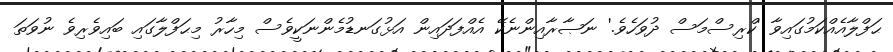
ޙަފްލާއެއްކަމުގައިވާ 'ކްރިސްމަސް ދުވަހެވެ.' ނަޞާރާއިންނެކޭ އެއްފަދައިން އަޅުގަނޑުމެންނަކީވެސް މިހާރު މިޙަފްލާގައި ބައިވެރިވެ ނުވަތަ